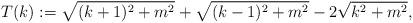
LaTeX: \begin{align*} T(k) := \sqrt{(k+1)^2+m^2}+\sqrt{(k-1)^2+m^2} - 2\sqrt{k^2+m^2},\end{align*}